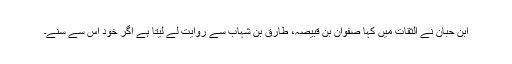
ابن حبان نے الثقات میں کہا صفوان بن قبیصہ، طارق بن شہاب سے روایت لے لیتا ہے اگر خود اس سے سنے۔